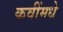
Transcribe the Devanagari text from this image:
कवींमधे